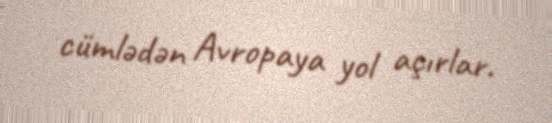
cümlədən Avropaya yol açırlar.